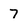
Character: 7